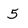
Character: 5